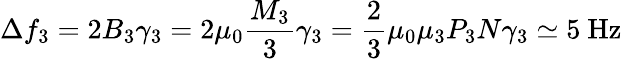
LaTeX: \Delta f_{3}=2B_{3}\gamma_{3}=2\mu_{0}\frac{M_{3}}{3}\gamma_{3}=\frac{2}{3}\mu_{0}\mu_{3}P_{3}N\gamma_{3}\simeq 5~\mathrm{Hz}